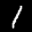
Label: 1